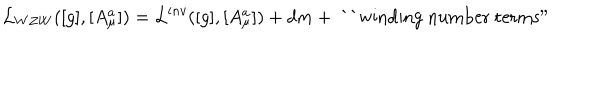
{ \cal L } _ { W Z W } ( [ g ] , [ A _ { \mu } ^ { a } ] ) = { \cal L } ^ { i n v } ( [ g ] , [ A _ { \mu } ^ { a } ] ) + d m + \mathrm { ~ ` ` w i n d i n g ~ n u m b e r ~ t e r m s " }